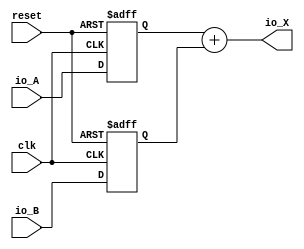
// Generator : SpinalHDL v1.7.0a    git head : 150a9b9067020722818dfb17df4a23ac712a7af8
// Component : MyTopLevel
// Git hash  : 23f8152f1f76822abe6de05999e6f5a903223b02

`timescale 1ns/1ps

module MyTopLevel (
  input      [7:0]    io_A,
  input      [7:0]    io_B,
  output     [7:0]    io_X,
  input               clk,
  input               reset
);

  reg        [7:0]    a;
  reg        [7:0]    b;
  wire                when_MyTopLevel_l36;

  assign when_MyTopLevel_l36 = 1'b1;
  assign io_X = (a + b);

  always @(posedge clk or posedge reset) begin
    if(reset) begin
      a <= 8'h0;
      b <= 8'h0;
    end else begin
      if(when_MyTopLevel_l36) begin
        a <= io_A;
        b <= io_B;
      end
    end
  end


endmodule